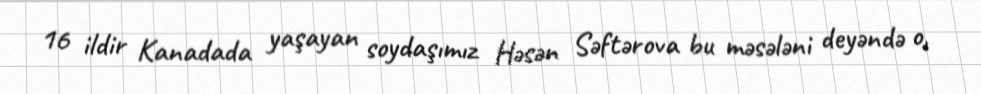
16 ildir Kanadada yaşayan soydaşımız Həsən Səftərova bu məsələni deyəndə o,